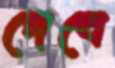
দেবে